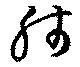
肺